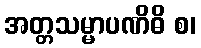
အတ္တသမ္မာပဏိဓိ စ၊